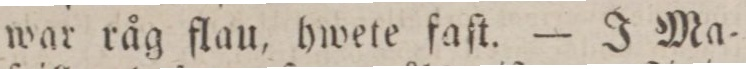
war råg flau, hwete faſt. — J Ma=